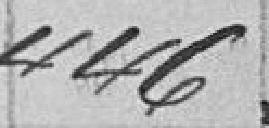
446